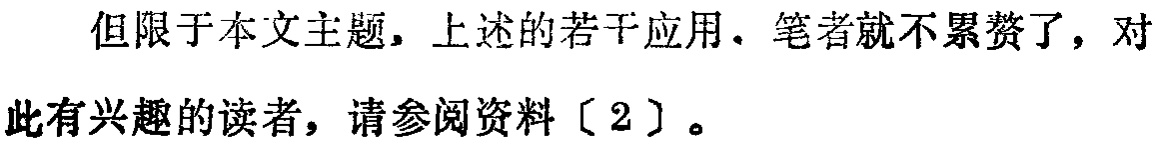
但限于本文主题，上述的若干应用，笔者就不累赘了，对此有兴趣的读者，请参阅资料〔2〕。